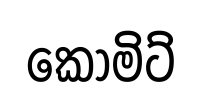
කොමිට්